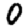
Digit: 0